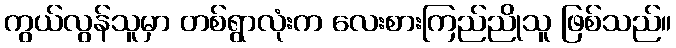
ကွယ်လွန်သူမှာ တစ်ရွာလုံးက လေးစားကြည်ညိုသူ ဖြစ်သည်။